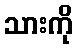
သားကို